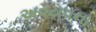
અવયવના